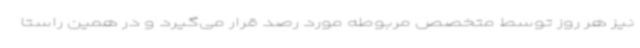
نیز هر روز توسط متخصص مربوطه مورد رصد قرار می‌گیرد و در همین راستا